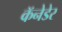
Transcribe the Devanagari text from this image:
कॅनेडेर